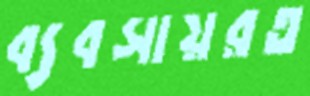
ব্যবসায়রত